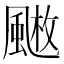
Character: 𩘄